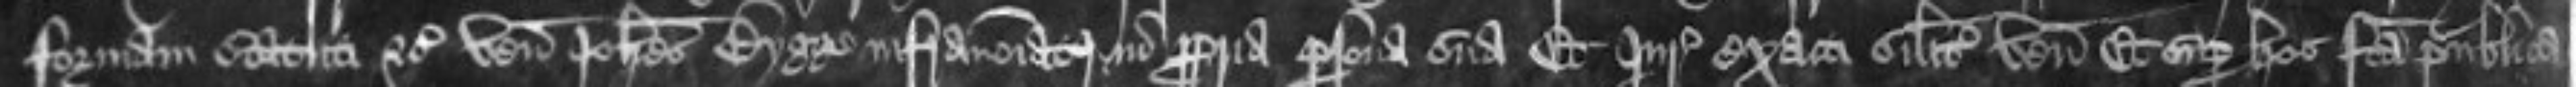
formam statuti etc venit Johannes Bygge infranominatus in propria persona sua Et Juratores exacti similiter venerunt Et super hoc facta publica